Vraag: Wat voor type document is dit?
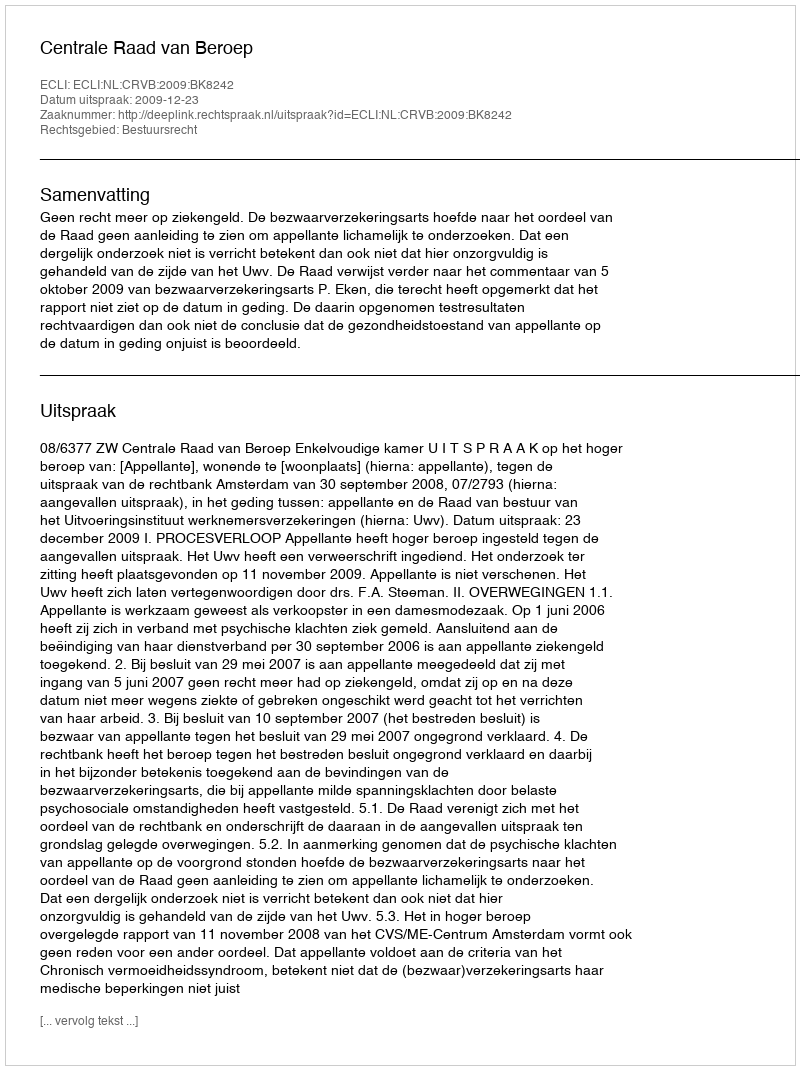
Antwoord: Uitspraak